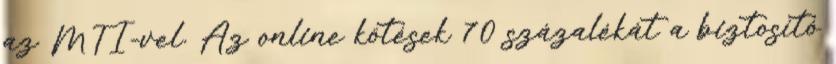
az MTI-vel. Az online kötések 70 százalékát a biztosító